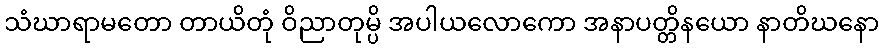
သံဃာရာမတော တာယိတုံ ဝိညာတုမ္ပိ အပါယလောကော အနာပတ္တိနယော နာတိဃနော